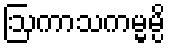
ဩကာသကမ္မမ္ပိ